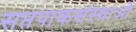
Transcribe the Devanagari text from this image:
सप्तपाकसंस्थाओं